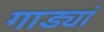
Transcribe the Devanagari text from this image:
गाड्यां